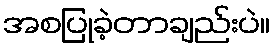
အစပြုခဲ့တာချည်းပဲ။